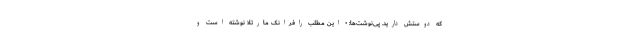
که دوستش دارید. پی‌نوشت‌ها: • این مطلب رافرانک مارتلا نوشته است و